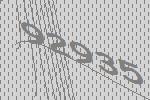
92935